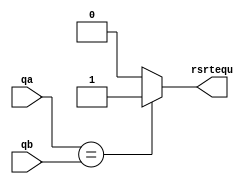
`timescale 1ns / 1ps
//////////////////////////////////////////////////////////////////////////////////
// Company: 
// Engineer: 
// 
// Design Name: 
// Module Name: eqaulity_checker
// Project Name: 
// Target Devices: 
// Tool Versions: 
// Description: 
// 
// Dependencies: 
// 
// Revision:
// Revision 0.01 - File Created
// Additional Comments:
// 
//////////////////////////////////////////////////////////////////////////////////


module eqaulity_checker(
input [31:0] qa,
input [31:0] qb,
output reg rsrtequ
    );
    
    always@(*)
    begin
        if(qa == qb)
        begin
            rsrtequ = 1;
        end  
        else 
        begin
            rsrtequ = 0;
        end
    end
endmodule